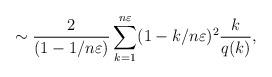
LaTeX: \begin{align*} \sim\frac{2}{(1-1/n\varepsilon)} \sum_{k=1}^{n\varepsilon}(1-k/n\varepsilon)^2 \frac{k}{q(k)},\end{align*}